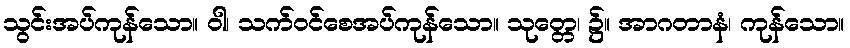
သွင်းအပ်ကုန်သော။ ဝါ၊ သက်ဝင်စေအပ်ကုန်သော။ သုတ္တေ၊ ၌။ အာဂတာနံ၊ ကုန်သော။